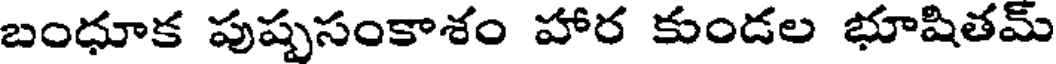
బంధూక పుష్పసంకాశం హార కుండల భూషితమ్